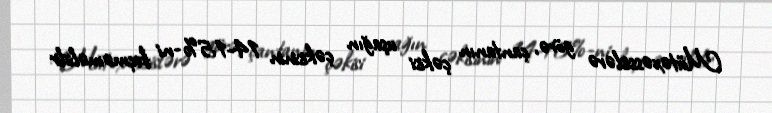
Mütəxəssislərə görə, çantanın çəkisi uşağın çəkisinin 14-15%-ni keçməməlidir: